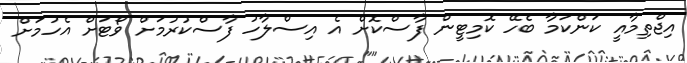
އިޖްތިމާއީ ކަންކަމާ ބެހޭ ކޮމިޓީން ފާސްކޮށް އެ އިސްލާހު ފާސްކުރުމަށް ވޯޓަށް އެހުމަށް